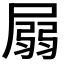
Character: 𡲳